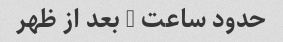
حدود ساعت 3 بعد از ظهر